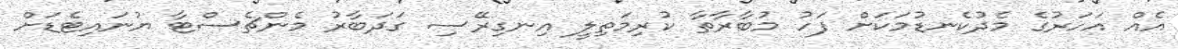
އެއް އަހަރުގެ މެދުކެނޑުމަކަށް ފަހު މުބާރާތާ ކުރިމަތިލީ އިނގިރޭސި ގަދަބާރު މެންޗެސްޓާ ޔުނައިޓެޑަށް